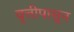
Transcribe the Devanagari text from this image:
वृत्तीपासून